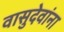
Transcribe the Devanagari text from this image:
वासुदेवांना